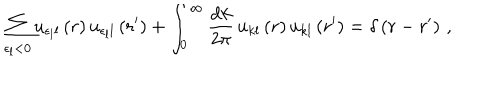
\sum _ { \epsilon _ { l } < 0 } u _ { \epsilon _ { l } l } \left( r \right) u _ { \epsilon _ { l } l } \left( r ^ { \prime } \right) + \int _ { 0 } ^ { \infty } \frac { \mathrm { d } k } { 2 \pi } \, u _ { k l } \left( r \right) u _ { k l } \left( r ^ { \prime } \right) = \delta \left( r - r ^ { \prime } \right) \, ,